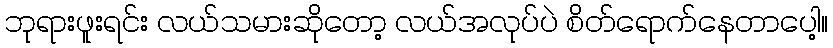
ဘုရားဖူးရင်း လယ်သမားဆိုတော့ လယ်အလုပ်ပဲ စိတ်ရောက်နေတာပေါ့။